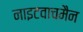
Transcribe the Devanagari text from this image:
नाइटवाचमैन